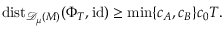
\mathrm { d i s t } _ { { \mathscr { D } _ { \mu } ( M ) } } ( { \Phi } _ { T } , \mathrm { i d } ) \geq \operatorname* { m i n } \{ c _ { A } , c _ { B } \} c _ { 0 } T .